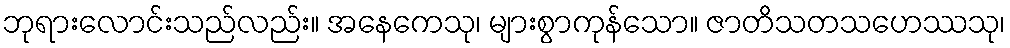
ဘုရားလောင်းသည်လည်း။ အနေကေသု၊ များစွာကုန်သော။ ဇာတိသတသဟေဿသု၊